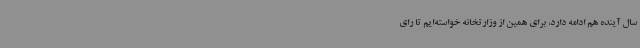
سال آینده هم ادامه دارد، برای همین از وزارتخانه خواسته‌ایم تا رای